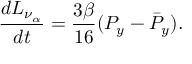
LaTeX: { \frac { d L _ { \nu _ { \alpha } } } { d t } } = { \frac { 3 \beta } { 1 6 } } ( P _ { y } - \bar { P } _ { y } ) .